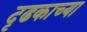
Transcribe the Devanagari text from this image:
दृढकाच्या